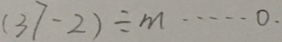
( 3 7 - 2 ) \div m \cdots 0 .